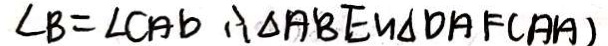
\angle B = \angle C A b \therefore \Delta A B E \sim \Delta O A F ( A A )